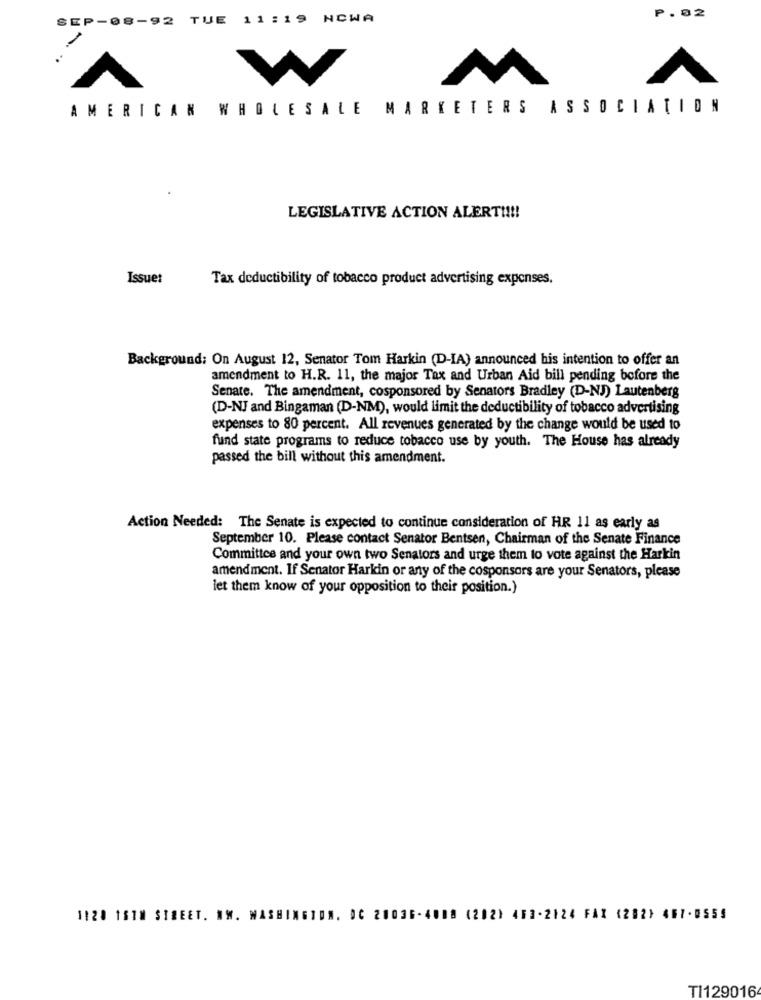
2
TUE 11 :19 NCWA
P. 02
AMERICAN WHOLESALE MARKETERS ASSOCIATION
LEGISLATIVE ACTION ALERT !!!!
Issue:
Tax deductibility of tobacco product advertising expenses.
Background: On August 12, Senator Tom Harkin (D-IA) announced his intention to offer an
amendment to H.R. 11, the major Tax and Urban Aid bill pending before the
Senate. The amendment, cosponsored by Senators Bradley (D-NJ) Lautenberg
(D-NJ and Bingaman (D-NM), would limit the deductibility of tobacco advertising
expenses to 80 percent. All revenues generated by the change would be used to
fund state programs to reduce tobacco use by youth. The House has already
passed the bill without this amendment.
Action Needed: The Senate is expected to continue consideration of HR 11 as early as
September 10. Please contact Senator Bentsen, Chairman of the Senate Finance
Committee and your own two Senators and urge them to vote against the Harkin
amendment. If Senator Harkin or any of the cosponsors are your Senators, please
let them know of your opposition to their position.)
1120 1518 STREET. NW. WASHINGTON. OC 20036-4008 (202) 463-2124 FAX (282) 467-8559
TI129016